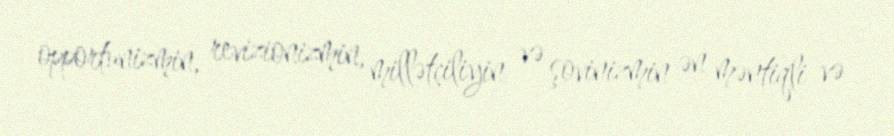
opportunizmin, revizionizmin, millətçiliyin və şovinizmin ən məntiqli və